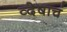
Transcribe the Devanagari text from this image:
व्देषाचं